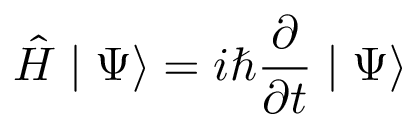
\hat { H } \mid \Psi \rangle = i \hbar \frac { \partial } { \partial t } \mid \Psi \rangle